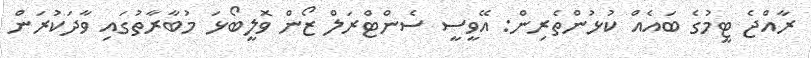
ރާއްޖެ ޓީމުގެ ބައެއް ކުޅުންތެރިން: އޭވީސީ ސެންޓްރަލް ޒޯން ވޮލީބޯޅަ މުބާރާތުގައި ވާދަކުރަން